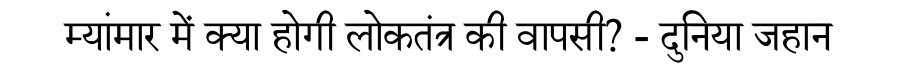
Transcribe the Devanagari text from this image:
म्यांमार में क्या होगी लोकतंत्र की वापसी? - दुनिया जहान